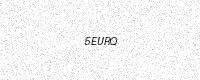
Text: 5EURQ